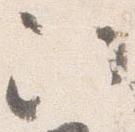
次